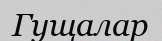
Гущалар